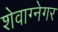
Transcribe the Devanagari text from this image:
शेवाग्नेगर